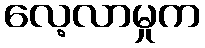
လေ့လာမှုက